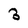
Character: 3